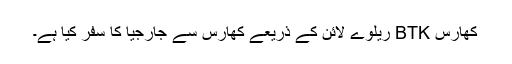
کھارس BTK ریلوے لائن کے ذریعے کھارس سے جارجیا کا سفر کیا ہے۔